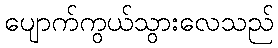
ပျောက်ကွယ်သွားလေသည်